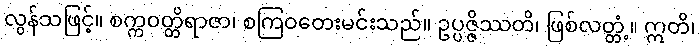
လွန်သဖြင့်။ စက္ကဝတ္တိရာဇာ၊ စကြဝတေးမင်းသည်။ ဥပ္ပဇ္ဇိဿတိ၊ ဖြစ်လတ္တံ့။ ဣတိ၊